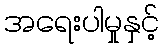
အရေးပါမှုနှင့်